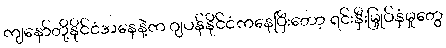
ကျနော်တို့နိုင်ငံအနေနဲ့က ဂျပန်နိုင်ငံကနေပြီးတော့ ရင်းနှီးမြှုပ်နှံမှုတွေ